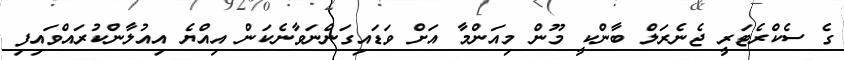
ގެ ސެކްރެޓަރީ ޖެނެރަލް ބާންކީ މޫން މިއަންމާ އަށް ވަޑައިގަންނަވާނެކަން އިއްޔެ އިއުލާންކުރައްވައިފި